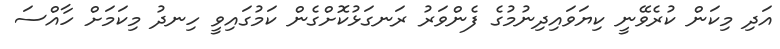
އަދި މިކަން ކުރެވޭނީ ކިޔަވައިދިނުމުގެ ފެންވަރު ރަނގަޅުކޮށްގެން ކަމުގައިވީ ހިނދު މިކަމަށް ހާއްސަ